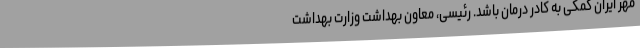
مهر ایران کمکی به کادر درمان باشد. رئیسی، معاون بهداشت وزارت بهداشت